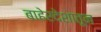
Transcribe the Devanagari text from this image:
बाहेरदेशातून